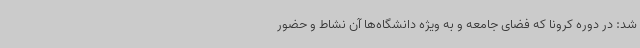
شد: در دوره کرونا که فضای جامعه و به ویژه دانشگاه‌ها آن نشاط و حضور